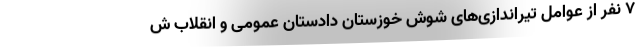
7 نفر از عوامل تیراندازی‌های شوش خوزستان دادستان عمومی و انقلاب ش